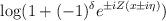
LaTeX: \begin{align*}\log (1+(-1)^{\delta }e^{\pm iZ(x\pm i\eta )})\end{align*}